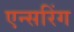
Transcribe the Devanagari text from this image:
एन्सरिंग